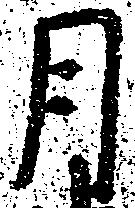
月